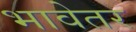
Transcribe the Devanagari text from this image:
भावेतर